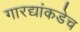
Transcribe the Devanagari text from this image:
गारद्यांकडेच